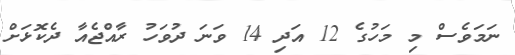
ނަމަވެސް މި މަހުގެ 12 އަދި 14 ވަނަ ދުވަހު ރާއްޖެއާ ދެކޮޅަށް